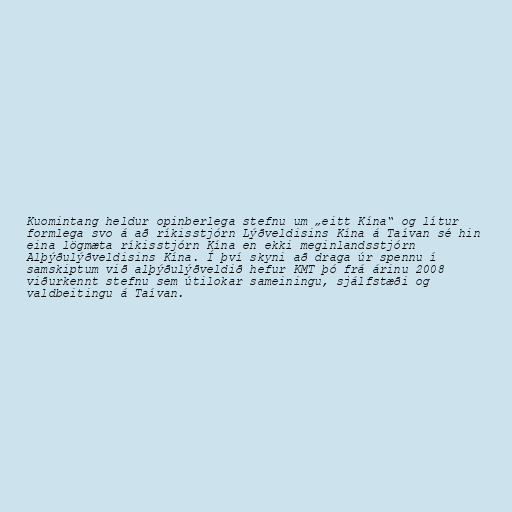
Kuomintang heldur opinberlega stefnu um „eitt Kína“ og lítur
formlega svo á að ríkisstjórn Lýðveldisins Kína á Taívan sé hin
eina lögmæta ríkisstjórn Kína en ekki meginlandsstjórn
Alþýðulýðveldisins Kína. Í því skyni að draga úr spennu í
samskiptum við alþýðulýðveldið hefur KMT þó frá árinu 2008
viðurkennt stefnu sem útilokar sameiningu, sjálfstæði og
valdbeitingu á Taívan.